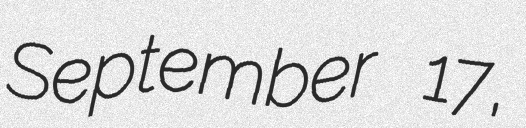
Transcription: September 17,